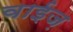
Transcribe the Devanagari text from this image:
वाईज़